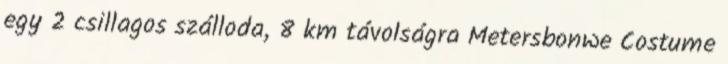
egy 2 csillagos szálloda, 8 km távolságra Metersbonwe Costume